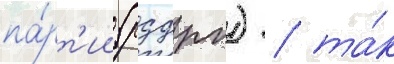
па́рт'ии (рсдрп) / та́к